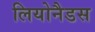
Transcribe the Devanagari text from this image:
लियोनैडस